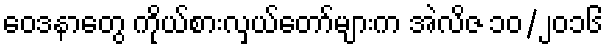
ဝေဒနာတွေ ကိုယ်စားလှယ်တော်များက အဲလိဇ ၁၀/၂၀၁၆